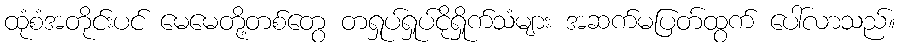
ထုံစံအတိုင်းပင် မေမေတို့တစ်တွေ တရှုပ်ရှုပ်ငိုရှိုက်သံများ အဆက်မပြတ်ထွက် ပေါ်လာသည်။